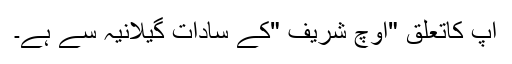
آپ کاتعلق "اوچ شریف "کے ساداتِ گیلانیہ سے ہے۔